NAE_ERA_R-2362_Emakeele_Selts, lk 53
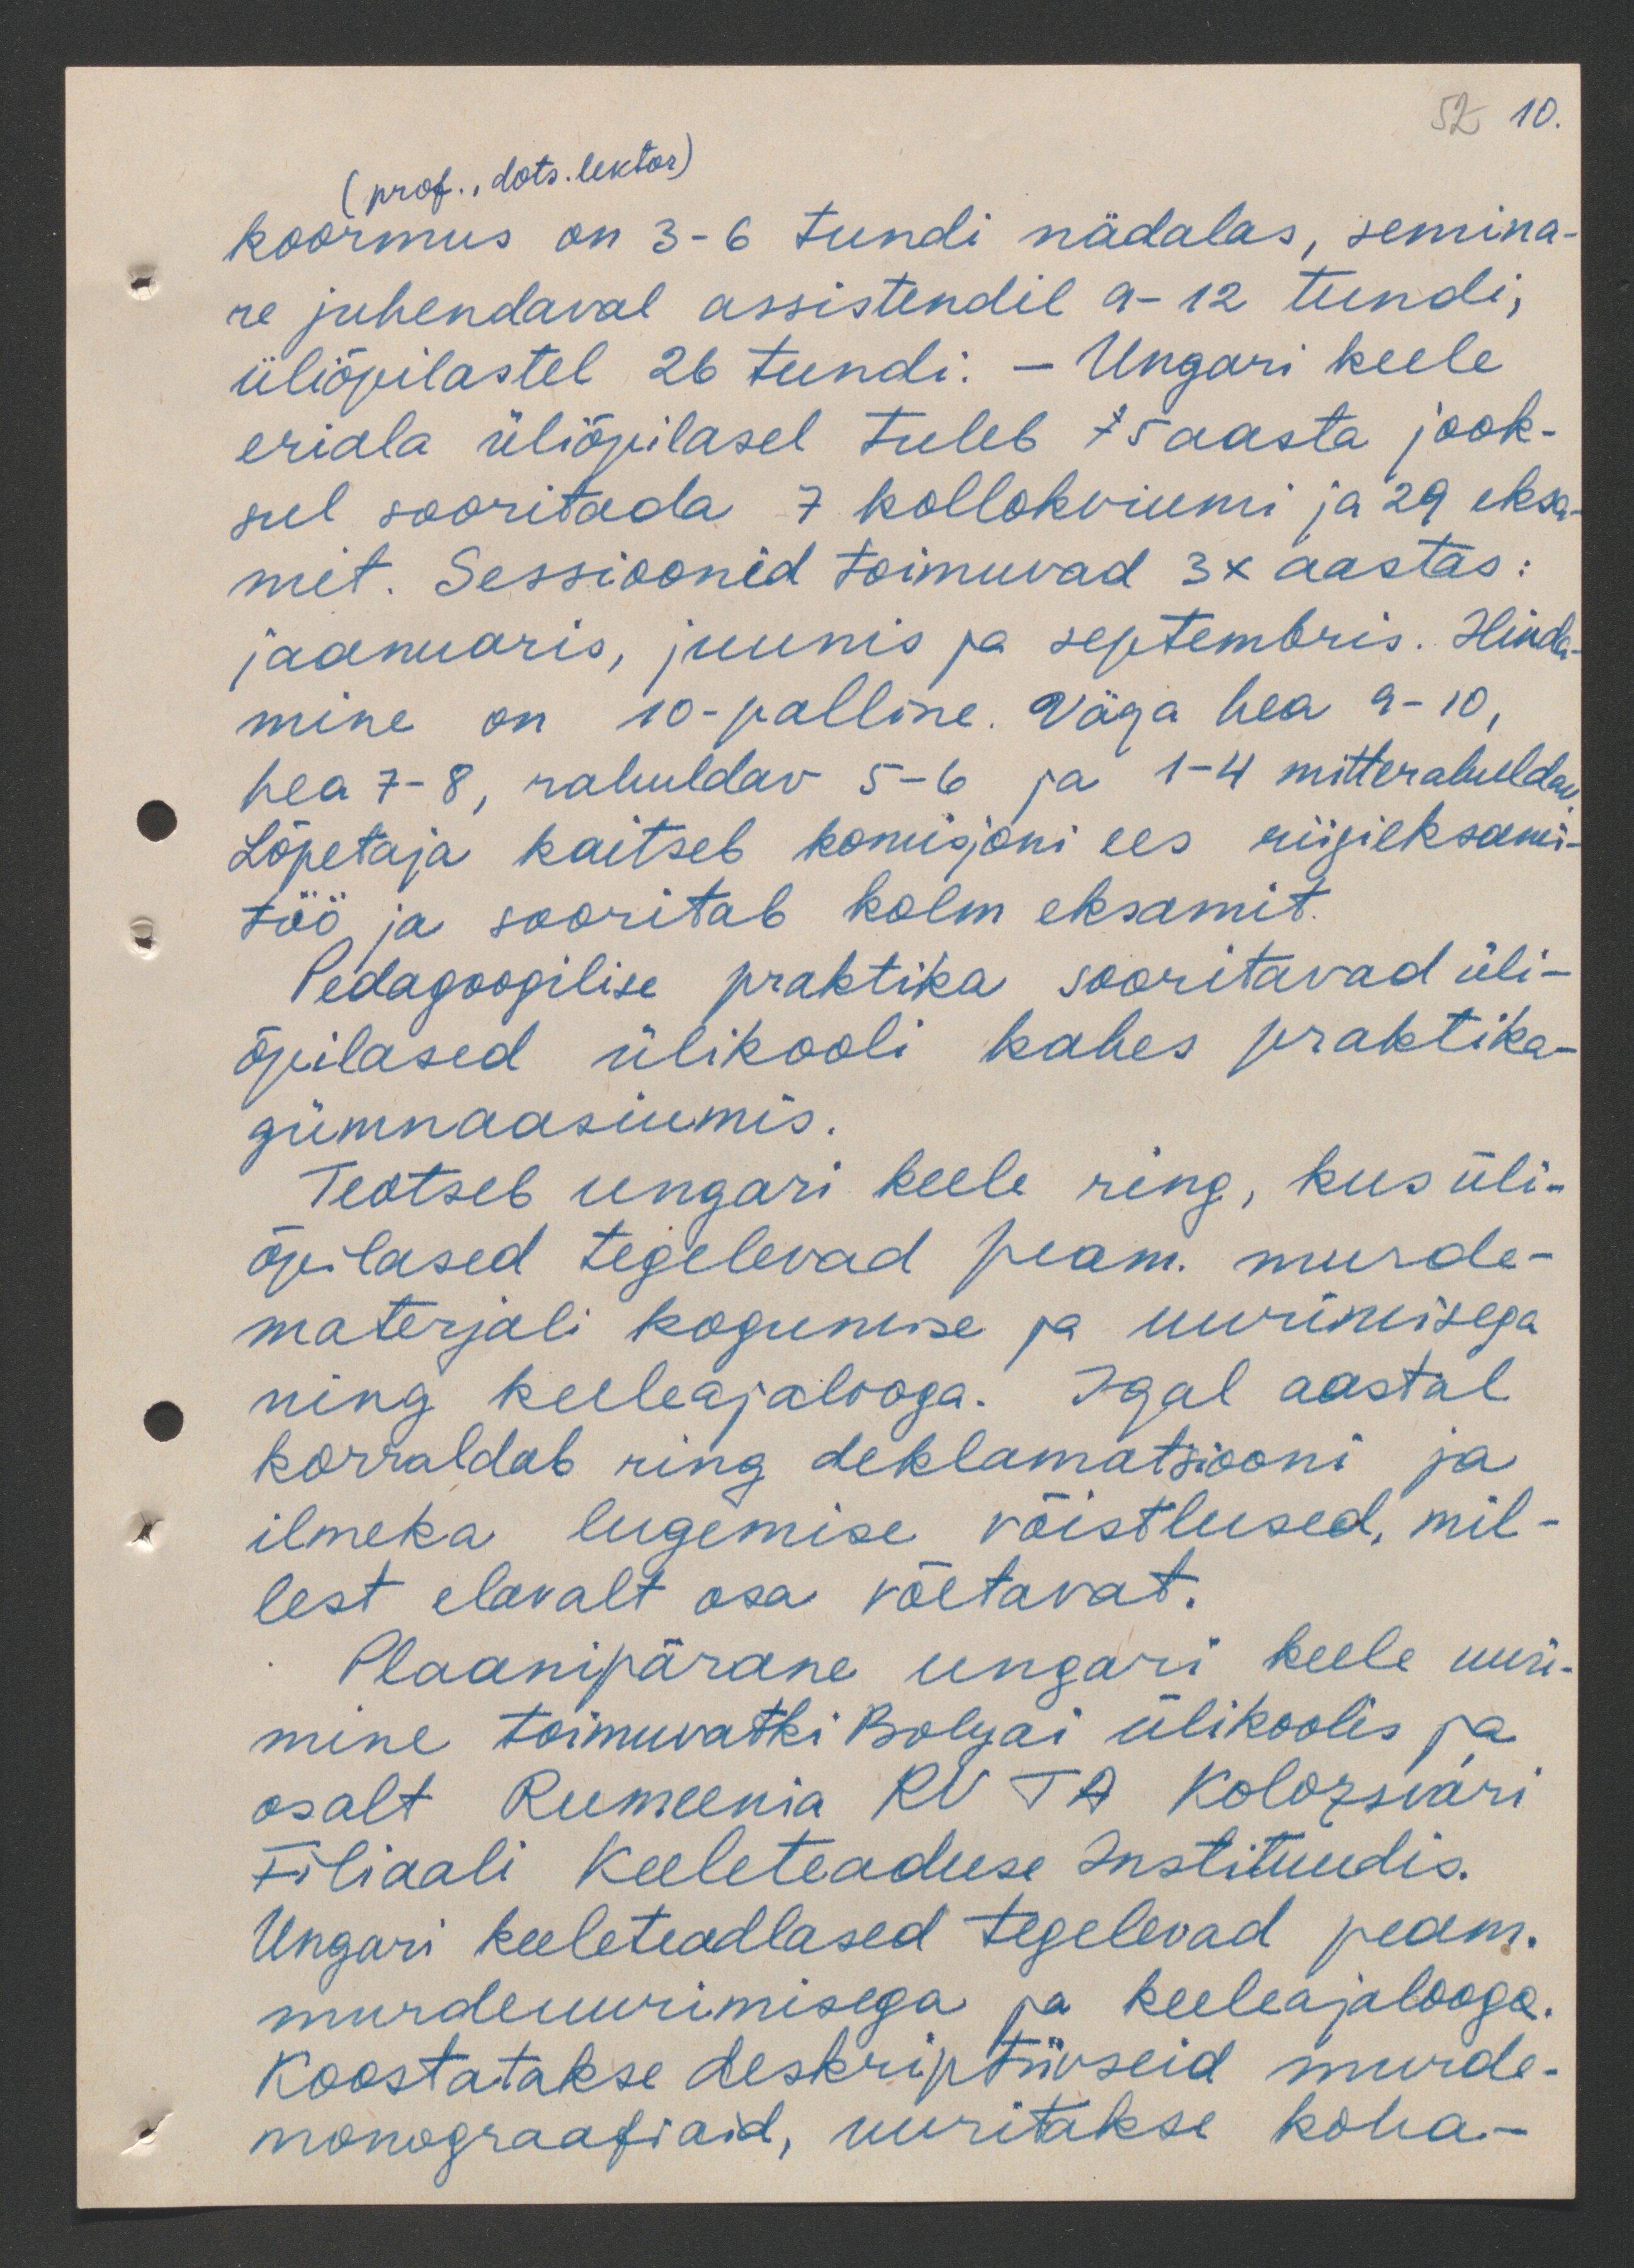
52 10.

(prof., dots. lektor)
koormus on 3-6 tundi nädalas, semina-
re juhendaval assistendil 9-12 tundi,
üliõpilastel 26 tundi. - Ungari keele
eriala üliõpilasel tuleb 5 aasta jook-
sul sooritada 7 kollokviumi ja 29 eksa
mit. Sessioonid toimuvad 3x aastas:
jaanuaris, juunis ja septembris. Hinda-
mine on 10-palline. Väga hea 9-10,
hea 7-8, rahuldav 5-6 ja 1-4 mitterahuldav
Lõpetaja kaitseb komisjoni ees riigieksami-
töö ja sooritab kolm eksamit.
Pedagoogilise praktika sooritavad üli-
õpilased ülikooli kahes praktika-
gümnaasiumis.
Teotseb ungari keele ring, kus üli-
õpilased tegelevad peam. murde-
materjali kogumise ja uurimisega
ning keeleajalooga. Igal aastal
korraldab ring deklamatsiooni ja
ilmeka lugemise võistlused, mil-
lest elavalt osa võetavat.
Plaanipärane ungari keele uuri-
mine toimuvatki Bolyai ülikoolis ja
osalt Ruimeenia RU TA Kolozsvari
Filiaali Keeleteaduse Instituudis.
Ungari keeleteadlased tegelevad peam.
murdeuurimisega ja keeleajalooga.
Koostatakse deskriptiiveid murde-
monograafraid, uuritakse koha-